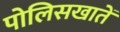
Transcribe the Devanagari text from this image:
पोलिसखातें